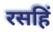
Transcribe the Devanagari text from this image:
रसहिं